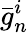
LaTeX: {\bar{g}}_{n}^{i}